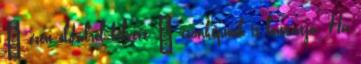
– ezen oldalról felvett – czímképünk is láttatja. Ha